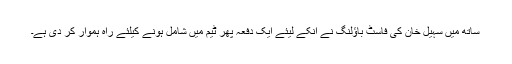
ساتھ میں سہیل خان کی فاسٹ باؤلنگ نے اُنکے لیئے ایک دفعہ پھر ٹیم میں شامل ہونے کیلئے راہ ہموار کر دی ہے۔